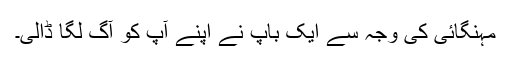
مہنگائی کی وجہ سے ایک باپ نے اپنے آپ کو آگ لگا ڈالی۔